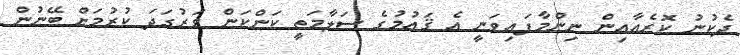
ދެކުނު ކޮރެއާއިން ނިންމާފައިވަނީ އެ ޤައުމުގެ ސަލާމަތީ ކަންކަން ވަރުގަދަ ކުރުމަށް ބޭނުން